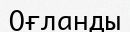
Оғланды